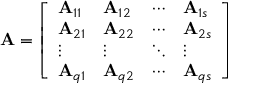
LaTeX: \mathbf { A } = { \left[ \begin{array} { l l l l } { \mathbf { A } _ { 1 1 } } & { \mathbf { A } _ { 1 2 } } & { \cdots } & { \mathbf { A } _ { 1 s } } \\ { \mathbf { A } _ { 2 1 } } & { \mathbf { A } _ { 2 2 } } & { \cdots } & { \mathbf { A } _ { 2 s } } \\ { \vdots } & { \vdots } & { \ddots } & { \vdots } \\ { \mathbf { A } _ { q 1 } } & { \mathbf { A } _ { q 2 } } & { \cdots } & { \mathbf { A } _ { q s } } \end{array} \right] }